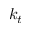
k _ { t }